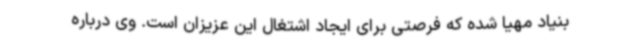
بنیاد مهیا شده که فرصتی برای ایجاد اشتغال این عزیزان است. وی درباره